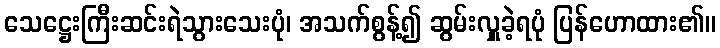
သေဋ္ဌေးကြီးဆင်းရဲသွားသေးပုံ၊ အသက်စွန့်၍ ဆွမ်းလှူခဲ့ရပုံ ပြန်ဟောထား၏။